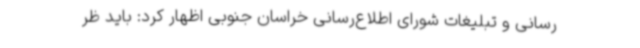
رسانی و تبلیغات شورای اطلاع‌رسانی خراسان جنوبی اظهار کرد: باید ظر